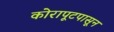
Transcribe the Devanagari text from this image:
कोरापूटपासून